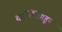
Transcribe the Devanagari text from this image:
दार्जिलिंगहून